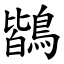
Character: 鶛